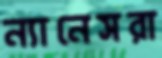
ন্যানেসরা